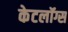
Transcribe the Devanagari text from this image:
केटलॉग्स